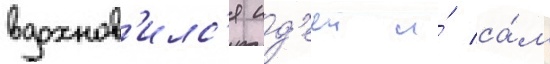
вдохнов'илс'я ид'ееи и́ са́м